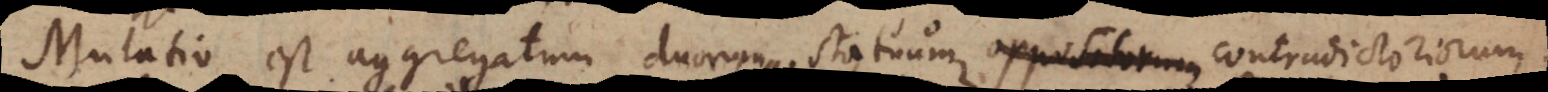
Mutatio est aggregatum duorum statuum oppositorum contradictoriorum.